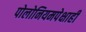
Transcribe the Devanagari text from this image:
पोलोनियमपेक्षाही